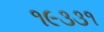
૧૯૩૩૧